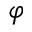
\varphi